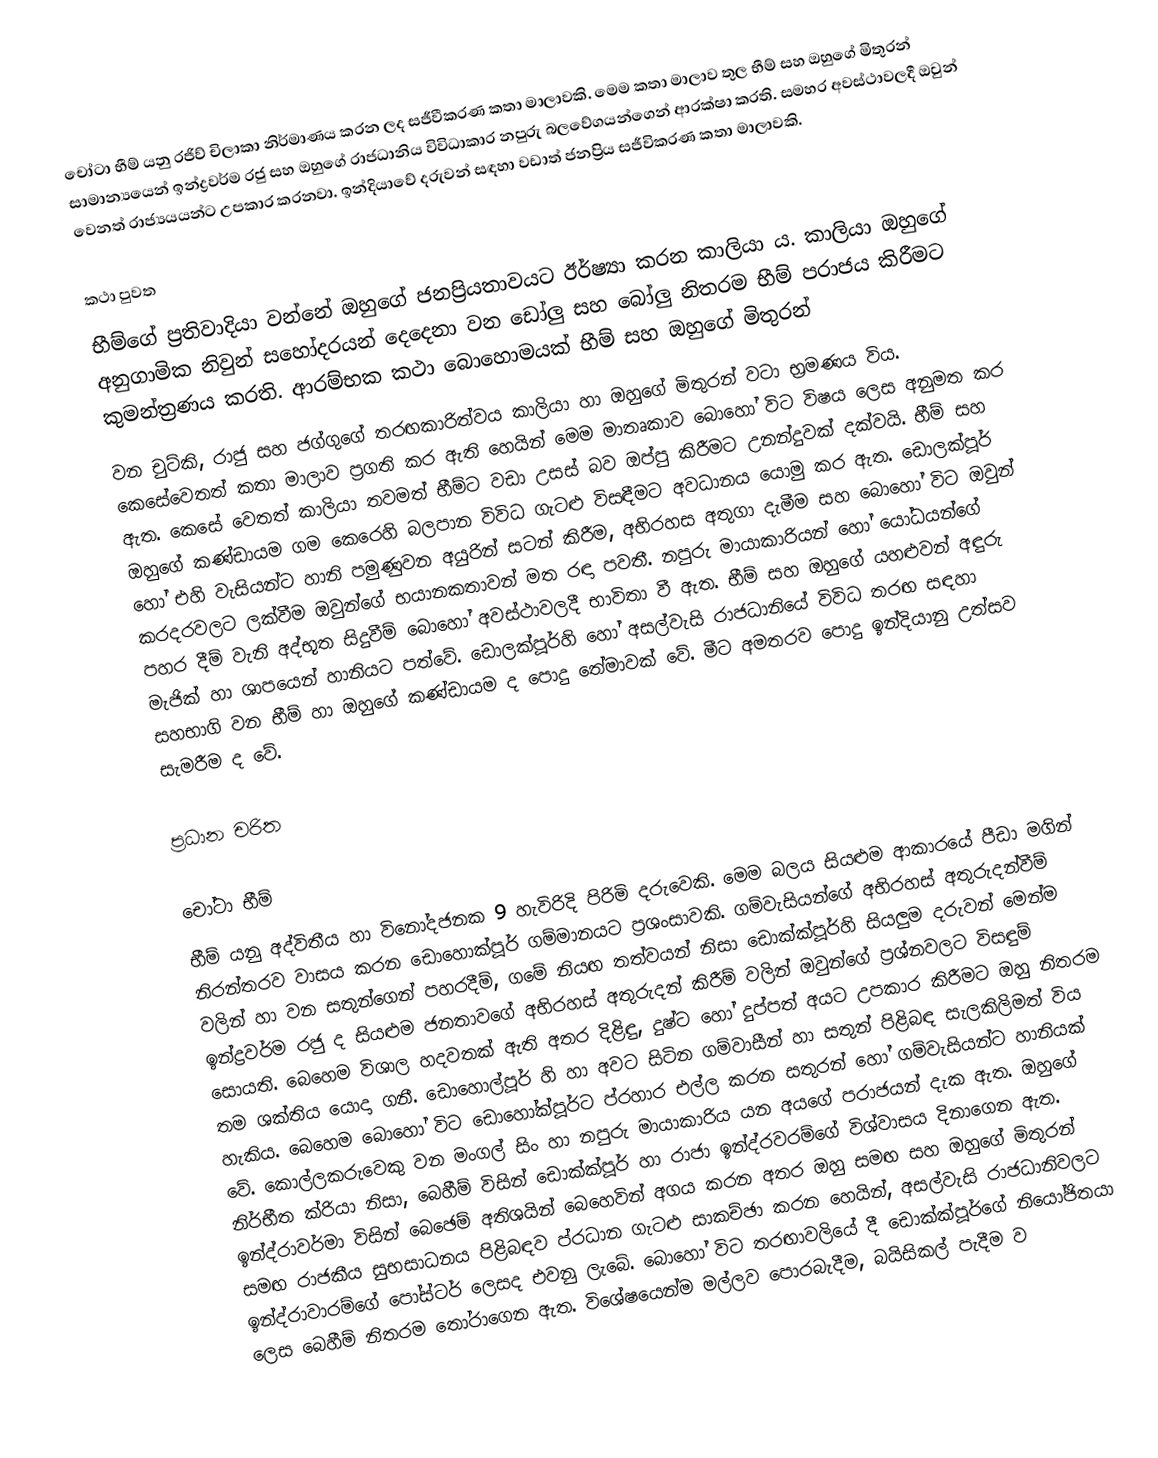
චෝටා භීම් යනු රජිව් චිලාකා නිර්මාණය කරන ලද සජීවීකරණ කතා මාලාවකි. මෙම කතා මාලාව තුල භීම් සහ ඔහුගේ මිතුරන් සාමාන්‍යයෙන් ඉන්ද්‍රවර්ම රජු සහ ඔහුගේ රාජධානිය විවිධාකාර නපුරු බලවේගයන්ගෙන් ආරක්ෂා කරති. සමහර අවස්ථාවලදී ඔවුන් වෙනත් රාජ්‍යයයන්ට උපකාර කරනවා. ඉන්දියාවේ දරුවන් සඳහා වඩාත් ජනප්‍රිය සජීවිකරණ කතා මාලාවකි.

කථා පුවත
භීම්ගේ ප්‍රතිවාදියා වන්නේ ඔහුගේ ජනප්‍රියතාවයට ඊර්ෂ්‍යා කරන කාලියා ය. කාලියා ඔහුගේ අනුගාමික නිවුන් සහෝදරයන් දෙදෙනා වන ඩෝලු සහ බෝලු නිතරම භීම් පරාජය කිරීමට කුමන්ත්‍රණය කරති. ආරම්භක කථා බොහොමයක් භීම් සහ ඔහුගේ මිතුරන්
වන චුට්කි, රාජු සහ ජග්ගුගේ තරඟකාරිත්වය කාලියා හා ඔහුගේ මිතුරන් වටා භ්‍රමණය විය. කෙසේවෙතත් කතා මාලාව ප්‍රගති කර ඇති හෙයින් මෙම මාතෘකාව බොහෝ විට විෂය ලෙස අනුමත කර ඇත. කෙසේ වෙතත් කාලියා තවමත් භීම්ට වඩා උසස් බව ඔප්පු කිරීමට උනන්දුවක් දක්වයි. භීම් සහ ඔහුගේ කණ්ඩායම ගම කෙරෙහි බලපාන විවිධ ගැටළු විසඳීමට අවධානය යොමු කර ඇත. ඩොලක්පූර් හෝ එහි වැසියන්ට හානි පමුණුවන අයුරින් සටන් කිරීම, අභිරහස අතුගා දැමීම සහ බොහෝ විට ඔවුන් කරදරවලට ලක්වීම ඔවුන්ගේ භයානකතාවන් මත රඳා පවතී. නපුරු මායාකාරියන් හෝ යෝධයන්ගේ පහර දීම් වැනි අද්භූත සිදුවීම් බොහෝ අවස්ථාවලදී භාවිතා වී ඇත. භීම් සහ ඔහුගේ යහළුවන් අඳුරු මැජික් හා ශාපයෙන් හානියට පත්වේ. ඩොලක්පූර්හි හෝ අසල්වැසි රාජධානියේ විවිධ තරඟ සඳහා සහභාගි වන භීම් හා ඔහුගේ කණ්ඩායම ද පොදු තේමාවක්  වේ. මීට අමතරව පොදු ඉන්දියානු උත්සව සැමරීම ද වේ.

ප්‍රධාන චරිත

චෝටා භීම්
භීම් යනු අද්විතීය හා විනෝදජනක 9 හැවිරිදි පිරිමි දරුවෙකි. මෙම බලය සියළුම ආකාරයේ පීඩා මගින් නිරන්තරව වාසය කරන ඩොහොක්පූර් ගම්මානයට ප්‍රශංසාවකි. ගම්වැසියන්ගේ අභිරහස් අතුරුදන්වීම් වලින් හා වන සතුන්ගෙන් පහරදීම්, ගමේ නියඟ තත්වයන් නිසා ඩොක්ක්පූර්හි සියලුම දරුවන් මෙන්ම ඉන්ද්‍රවර්ම රජු ද සියළුම ජනතාවගේ අභිරහස් අතුරුදන් කිරීම් වලින් ඔවුන්ගේ ප්‍රශ්නවලට විසඳුම් සොයති. බෙහෙම විශාල හදවතක් ඇති අතර දිළිඳු, දුෂ්ට හෝ දුප්පත් අයට උපකාර කිරීමට ඔහු නිතරම තම ශක්තිය යොදා ගනී. ඩොහොල්පූර් හි හා අවට සිටින ගම්වාසීන් හා සතුන් පිළිබඳ සැලකිලිමත් විය හැකිය. බෙහෙම බොහෝ විට ඩොහෝක්පූර්ට ප්රහාර එල්ල කරන සතුරන් හෝ ගම්වැසියන්ට හානියක් වේ. කොල්ලකරුවෙකු වන මංගල් සිං හා නපුරු මායාකාරිය යන අයගේ පරාජයන් දැක ඇත. ඔහුගේ නිර්භීත ක්රියා නිසා, බෙහීම් විසින් ඩොක්ක්පූර් හා රාජා ඉන්ද්රවරම්ගේ විශ්වාසය දිනාගෙන ඇත. ඉන්ද්රාවර්මා විසින් බෙඡෙම් අතිශයින් බෙහෙවින් අගය කරන අතර ඔහු සමඟ සහ ඔහුගේ මිතුරන් සමඟ රාජකීය සුභසාධනය පිළිබඳව ප්රධාන ගැටළු සාකච්ඡා කරන හෙයින්, අසල්වැසි රාජධානිවලට ඉන්ද්රාවාරම්ගේ පෝස්ටර් ලෙසද එවනු ලැබේ. බොහෝ විට තරඟාවලියේ දී ඩොක්ක්පූර්ගේ නියෝජිතයා ලෙස බෙහීම් නිතරම තෝරාගෙන ඇත. විශේෂයෙන්ම මල්ලව පොරබැදීම, බයිසිකල් පැදීම ව